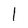
Character: 1